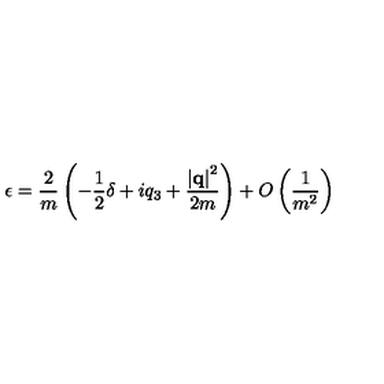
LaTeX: \epsilon = \frac { 2 } { m } \left( - \frac { 1 } { 2 } \delta + i q _ { 3 } + \frac { \left| { \bf q } \right| ^ { 2 } } { 2 m } \right) + O \left( \frac { 1 } { m ^ { 2 } } \right)